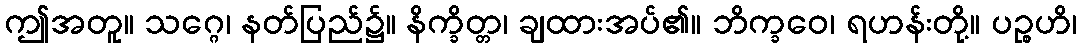
ဤအတူ။ သဂ္ဂေ၊ နတ်ပြည်၌။ နိက္ခိတ္တ၊ ချထားအပ်၏။ ဘိက္ခဝေ၊ ရဟန်းတို့။ ပဉ္စဟိ၊